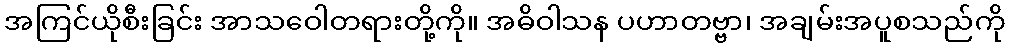
အကြင်ယိုစီးခြင်း အာသဝေါတရားတို့ကို။ အဓိဝါသန ပဟာတဗ္ဗာ၊ အချမ်းအပူစသည်ကို